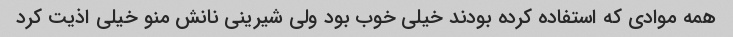
همه موادی که استفاده کرده بودند خیلی خوب بود ولی شیرینی نانش منو خیلی اذیت کرد